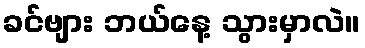
ခင်ဗျား ဘယ်နေ့ သွားမှာလဲ။